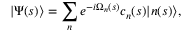
| \Psi ( s ) \rangle = \sum _ { n } e ^ { - i \Omega _ { n } ( s ) } c _ { n } ( s ) | n ( s ) \rangle ,